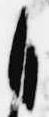
自